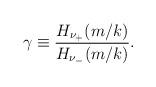
LaTeX: \begin{align*}\gamma \equiv {H_{\nu_{+}}(m/k)\over H_{\nu_{-}}(m/k)}.\end{align*}